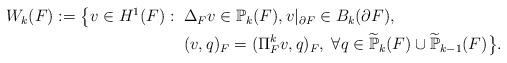
LaTeX: \begin{align*}\begin{aligned}W_k(F):= \big\{v\in H^1(F): \;\; & \Delta_F v \in \mathbb{P}_{k}(F), v|_{\partial F}\in B_k(\partial F), \\& (v,q)_{F}=(\Pi_F^k v,q)_{F}, \; \forall q\in \widetilde{\mathbb{P}}_k(F)\cup \widetilde{\mathbb{P}}_{k-1}(F)\big\}.\end{aligned}\end{align*}